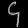
Digit: ၄